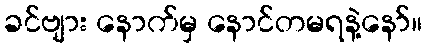
ခင်ဗျား နောက်မှ နောင်တမရနဲ့နော်။